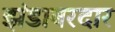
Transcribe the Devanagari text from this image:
झंडाबरदार